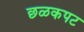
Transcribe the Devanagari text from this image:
छळकपट